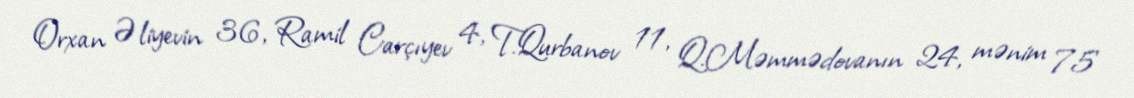
Orxan Əliyevin 36, Ramil Carçıyev 4, T.Qurbanov 11, Q.Məmmədovanın 24, mənim 75